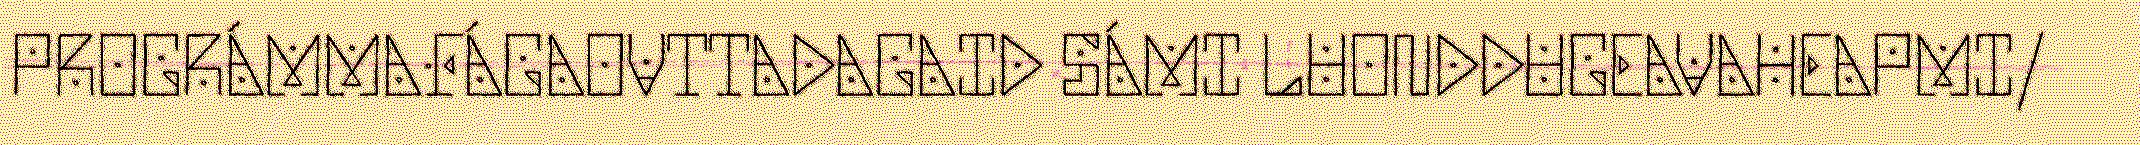
PROGRÁMMAFÁGAOVTTADAGAID SÁMI LUONDDUGEAVAHEAPMI/